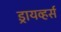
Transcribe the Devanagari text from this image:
ड्रायव्हर्स